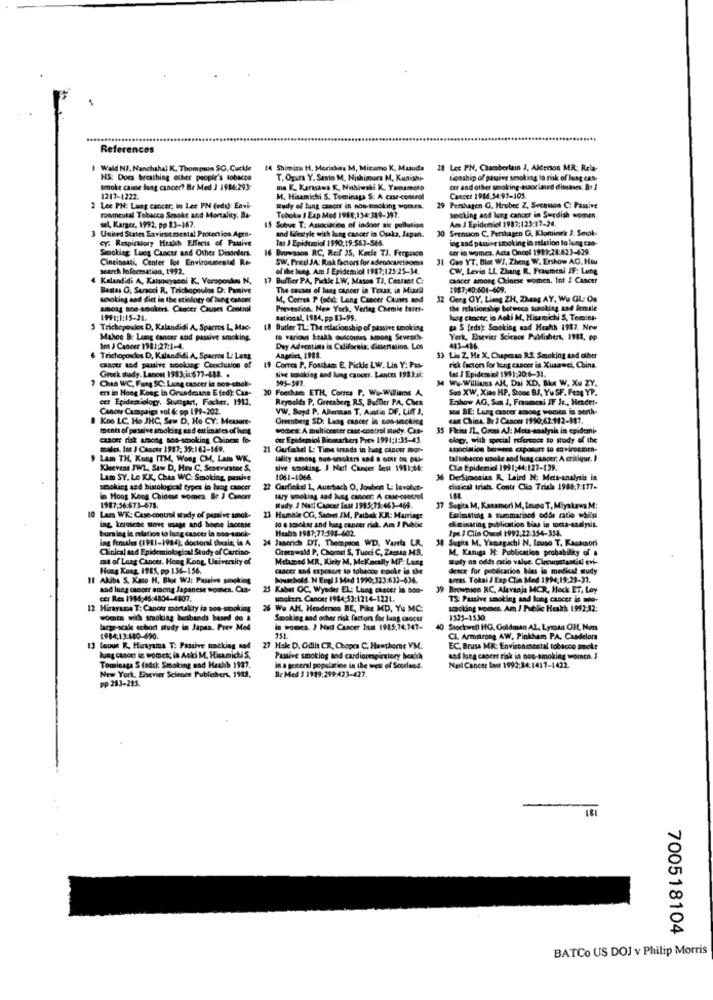
References
I Wald NP, Nanchahal K. Thompson SC. Cuckle
14 Shimizu H. Meriskita M, Mizamo K. Masuda
28 Lec PN. Chamberlain J, Alderson MR: Rela-
HS: Does breathing other people's tobacco
T. Ogura Y. Sento M, Nishimora M, Kunishi-
Lonship of passive smoking to risk of luag cas-
smoke cause lung cancer? Br Med J 1984:293-
ma K. Karmawa K, Ninhiwaki K. Yamamoto
cer and other smoking-asociated diseases. Br J
1217-1222.
M. Hisamichi S. Tominaga S. A case-control
Cancer 1984:54:97-105.
2 Lee PN: Lung cancer, in Lee PN (eds): Envi-
audy of lung cancer in non-smoking womes.
29 Pershagen G. Hrubec Z, Svensson C: Passive
rosmental Tobacco Smoke and Mortality, Ba-
Tohoku 1 Exp Mod 1986,154:389-397.
Am J Epidemiol 1987:123:17-24.
smoking and lung cancer in Swedish women.
3 United States Environmental Protection Agrn-
sel Karger, 1992. po 83-167.
15 Sobve T: Association of indoor alc pollution
30 Svensson C. Pershagen G. Klominek J: Smok-
CY: Respiratory Health Effects of Pative
and Westyle with lung cancer in Osaks, Japan.
Ins J Epidtaniol 1990:19:562-566.
ing and passive smoking in relation to lung can-
Smoking Lung Cancer and Other Disorders.
16 Browason RC, Reif 35, Keefe TJ. Fergusce
cer in women. Acta Oncel 1989:28:623-629.
Cincinnati, Center for Environmental Re-
SW. Pricel JA: Risk factors for adenocarcinoma
31 Gee YT. Blot W/, Zheng W. Ershow AG. Hau
search Information, 1992.
of the lung. Am J Epidemiol 1987:125:25-34.
CW. Levio LL. Zhang R. Fraumeni JF: Lamg
Kalandidi A, Katsouyaoni K. Veropoulou N,
17 Buffier PA, Pickle LW, Mason TJ, Costant C:
cascer among Chinese women. tot I Cancer
Bastas O, Seracci R, Trichopoulos D: Pamive
The causes of lung cancer in Texas, in Mural
1987:40:501-609.
sosoking and diet in the etiology of lung cancer
M. Correa P (odil; Lung Cancer Cuunes and
12 Gong GY, Liang ZH, Zhang AY, Wu GL: Os
amost noe-amokers. Cancer Causes Ceottol
Prevention, New York, Verlag Chemie tattt-
the relationship between Soloking and female
199 1;1:15-21.
sational, 1984, pp 83-99.
kog cancer; io Aoki M. Kisamichi S, Temaina-
5 Trichopeudos D, Kalandidi A. Sparros L ., Mac-
18 Butler TL: The relationship of passive smoking
ga S fedst Smoking aad Heahh 1987. Nrw
Mahos B: Lung cancer and passive smoking
to various healtà outcontes among Stwers-
York, Elsevier Science Publishers, 1981, pp
Int J Cancer 1981:27:1-4.
Day Adventists in California: dimension. Los
483-426
6 Trichopoulos D, Kalandidi A, Sparros L: Lesg
Angeles, 1988.
33 Lis Z, He X, Chupenan R.S .: Smoking Lad other
cancer and puntive sookieg Conclusion of
19 Correa P. Fonthans E, Pickle LW. Lin Y: Pas-
risk factor for lung cancer in Xusawei, China.
let J Epidemiol 1991:20:6-31.
7 Camas WC, Fang SC. Lung cancer in non-chok-
Greek shady. Lanon 1983;ic677-488. .
sive sotoking and hang cancer. Lances 1983.il:
995-307.
34 Wu.Williams AH, Dai XD. Bot W. X. ZY.
ng Koag Ia Grundmann E fed): Caa-
20 Feerhar ETH, Corres P. Wu-Williams A.
Ses XW, Xiao HP, Stone BJ, Yu SF. Fest YP.
cet Epidemiology, Stuttgart, Facher. 1912.
Reynolds P. Grecaberg RS, Baffier PA, Chen
Enshow AG, Sun J, Fraumeni JF Jr ., Header-
Cancer Campaign vol & pp 199-202.
VW. Boyd P. Aberman T. Auntie DF, Lift J.
sos BE: Lung cancer among women is serth-
Koo LC. Ho JHC, Saw D. Ho CY: Measone-
Greenberg SD: Lung cancer in con-smoking
east China. Dr 1 Cancer 1990,62.112-187.
ments of passive smoking and estimates of hues
comes: A multicenter case-control Body, Cas-
35 Fleiss IL, Gress AJ: Meta-analysis in epidemi-
cancer risk among sos-smoking Chinese fo-
our Epidemiol Bicasarkers Prev 1991:1:35-43.
elop, with special reference to study of the
males. Int J Canptr 1987: 39:163-169.
21 Gufakel L: Time trends in lung cancer mor-
association berwere caposure to environmen-
Lam TH, Kung ITM, Wons CM, Lam WK,
tality smong non-sesokers and & oDE on pul-
tal tobacco smoke and hing cancer: A critique. I
Kleevene JWL, Stw D, How C. Senevirater S.
sive smoking. I Natt Cancer lest 1911:44:
Cla Epidemic 1991;44:127-139.
Lam SY. Le KK, Chas WC: Smoking, pastive
1061-1066.
36 DerSimonian R. Laird N: Meta-analysis in
smoking sed histological types in bang cancer
22 Garfielel L, Auerbach O. Joubert L lavolut-
cissical trials. Contr Clio Trials 1984,7:177-
in Hong Kong Chinese womes Br J Canour
lary smoking and Weg cancer: A case-control
1987:56.673-678.
Rudy. J Null Cancer last 1985,75:463-469.
37 Segita M, Kasamori M, Leves T, Miyakrva M:
10 Lam WK: Case-control study of passive smok-
23 Humble CG, Sarnes IM, Pathak KR: Marriage
Esimating a summatised odds ratio whitu
ing kerosene stove usage and home incense
burs ing in relation to lung cancer in Bos-sok-
10 8 sosoker and lung cancer risk. Am J Public
Health 1987,77:598-602.
di minating publication bias in tocta-analysis.
Ips / Clis Oucol 1992,22:354-354.
ing females (1981-1984); doctoral thesis; is A
24 Janerich DT. Thompson WD. Varita LR.
34 Sapits M. Yamaguchi N. Imso T. Kackcori
Clinical and Epidemiological Study of Carcino-
Greenwald P, Chorost S, Turci C, Zagsa MB,
M. Kasuga H: Publication probabilky of
mt of Lung Cancer. Heeg Kong, University of
Metamed MR. Kiety M, McKncally MP: Lass
Study on odds ratio value. Circumstandill eri-
Hong Kong 1985, pp 136-156.
cancer and exposure to tobacon Epoke in the
deace for publication Nas in medical mudy
11 Akiba S. Kaso H. Bloe Wa: Passive smoking
howschold. N Engl $ Med 1990:323:632-636.
socas. Tokai / Exp Clin Med 1994:19:23-37.
aad lung cancer among Japanese women. Cua-
25 Kabar GC, Wyader EL: Lung cancer in aoa-
39 Brewpice RC, Alsvaaja MCR, Hock ET, Ley
cer Res 1986:46:4804-4307.
smoker. Cancer 1914:53:1214-1221.
TS: Passive smoking and lung cancer is ado-
12 Hirayama T: Cancer mortality in non-smoking
26 We AH, Hendenos BE, Pike MD, Yu MC:
smoking womes. Am J Public Health 1992-12;
wocato with smoking benshands besed do &
Smoking and ocher risk factors for lung cancer
1525-1530
large-scale schort study in Japan. Prev Med
741
in womes. J Natl Checer Just 1985:74.747-
40 Stockwell HG, Goldman Al, Lymsa CH, Non
1984;13:640-690.
CI. Armstrong AW, Pinkham PA, Casdelora
13 toout R. Hirtyama T: Passive tracking and
27 Hak D. Gilis CR, Chopra C. Hawthorne VM:
EC. Brusa MR: Environmental tobacco smoke
lung cancer in womet; la Acki M, HitamibiS,
Passive smoking and cardiorespiratory berth
and lung capers risk in non-smoking women. 3
Tominata S (ods): Smoking and Health 1927.
New York, Enevier Science Publishers, 1919,
in a general population in the west of Scotland.
Nul Cancer In 1992:34:1417-1422
pp 283-293.
Bc Med 3 1919:299:423-427.
700518104
BATCO US DOJ v Philip Morris